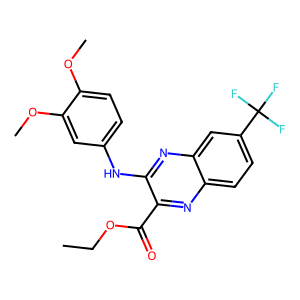
SMILES: CCOC(=O)c1nc2ccc(C(F)(F)F)cc2nc1Nc1ccc(OC)c(OC)c1
Inhibits HIV replication: No